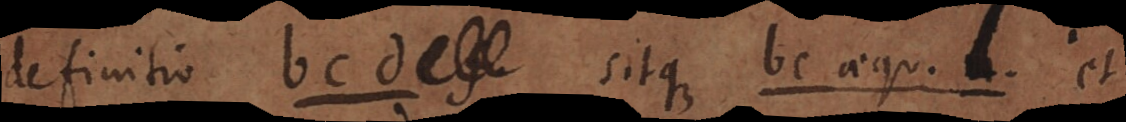
definitio bcd sitque bc aequ. l et